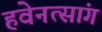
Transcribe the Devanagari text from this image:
हवेनत्सांग